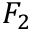
F _ { 2 }